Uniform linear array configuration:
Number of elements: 64
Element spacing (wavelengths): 0.25
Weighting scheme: binomial
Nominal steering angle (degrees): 45
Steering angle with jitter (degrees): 44.135
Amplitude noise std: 0.05
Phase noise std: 0.05

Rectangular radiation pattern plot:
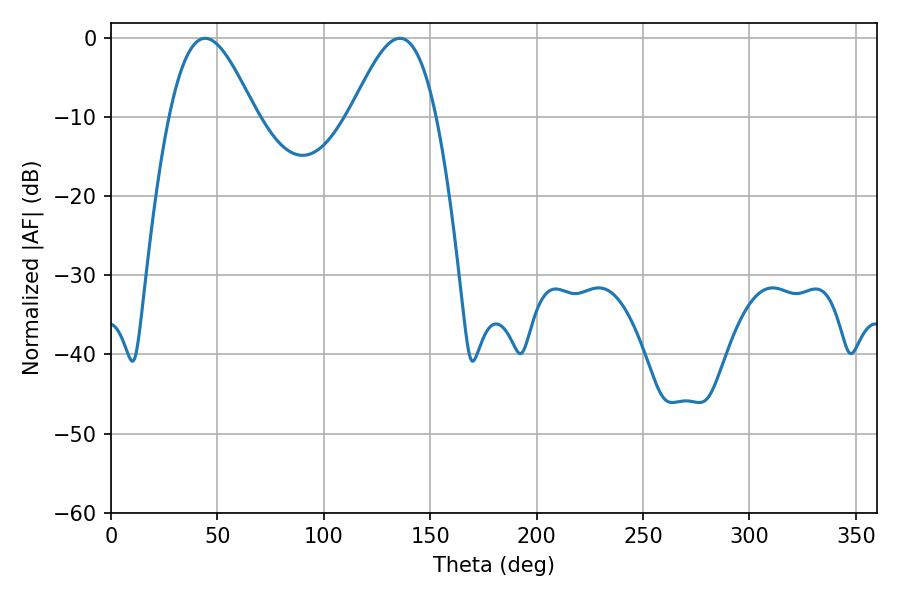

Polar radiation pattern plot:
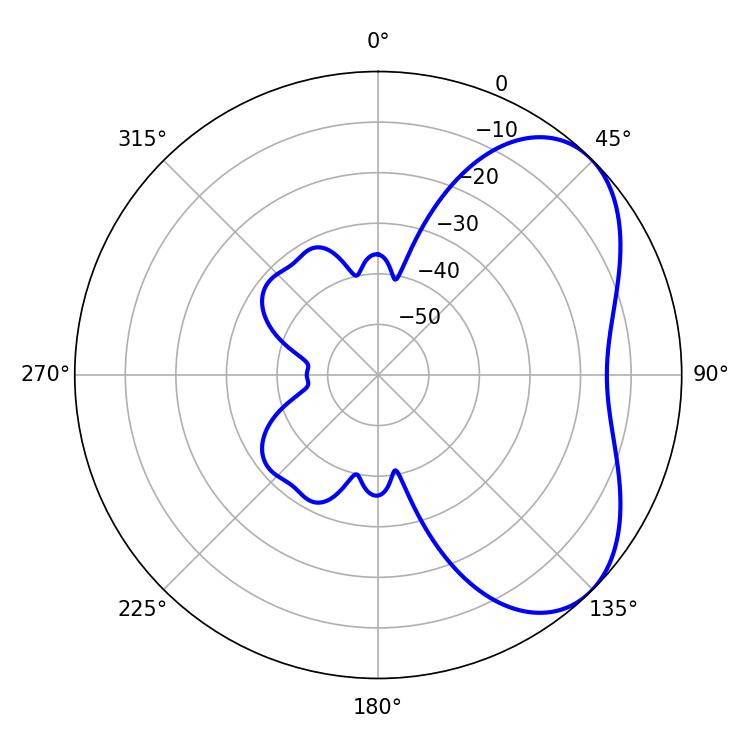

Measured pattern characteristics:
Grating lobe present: FALSE
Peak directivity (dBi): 5.115
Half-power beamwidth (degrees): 21.6
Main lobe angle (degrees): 44.28